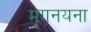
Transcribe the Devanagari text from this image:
मृगनयना